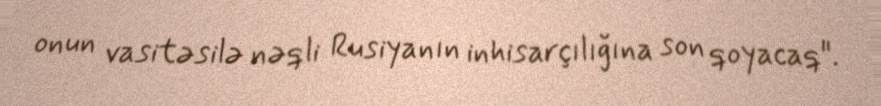
onun vasitəsilə nəqli Rusiyanın inhisarçılığına son qoyacaq".